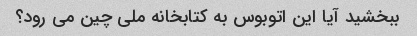
ببخشید آیا این اتوبوس به کتابخانه ملی چین می رود؟